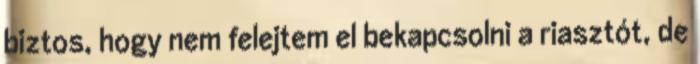
biztos, hogy nem felejtem el bekapcsolni a riasztót, de